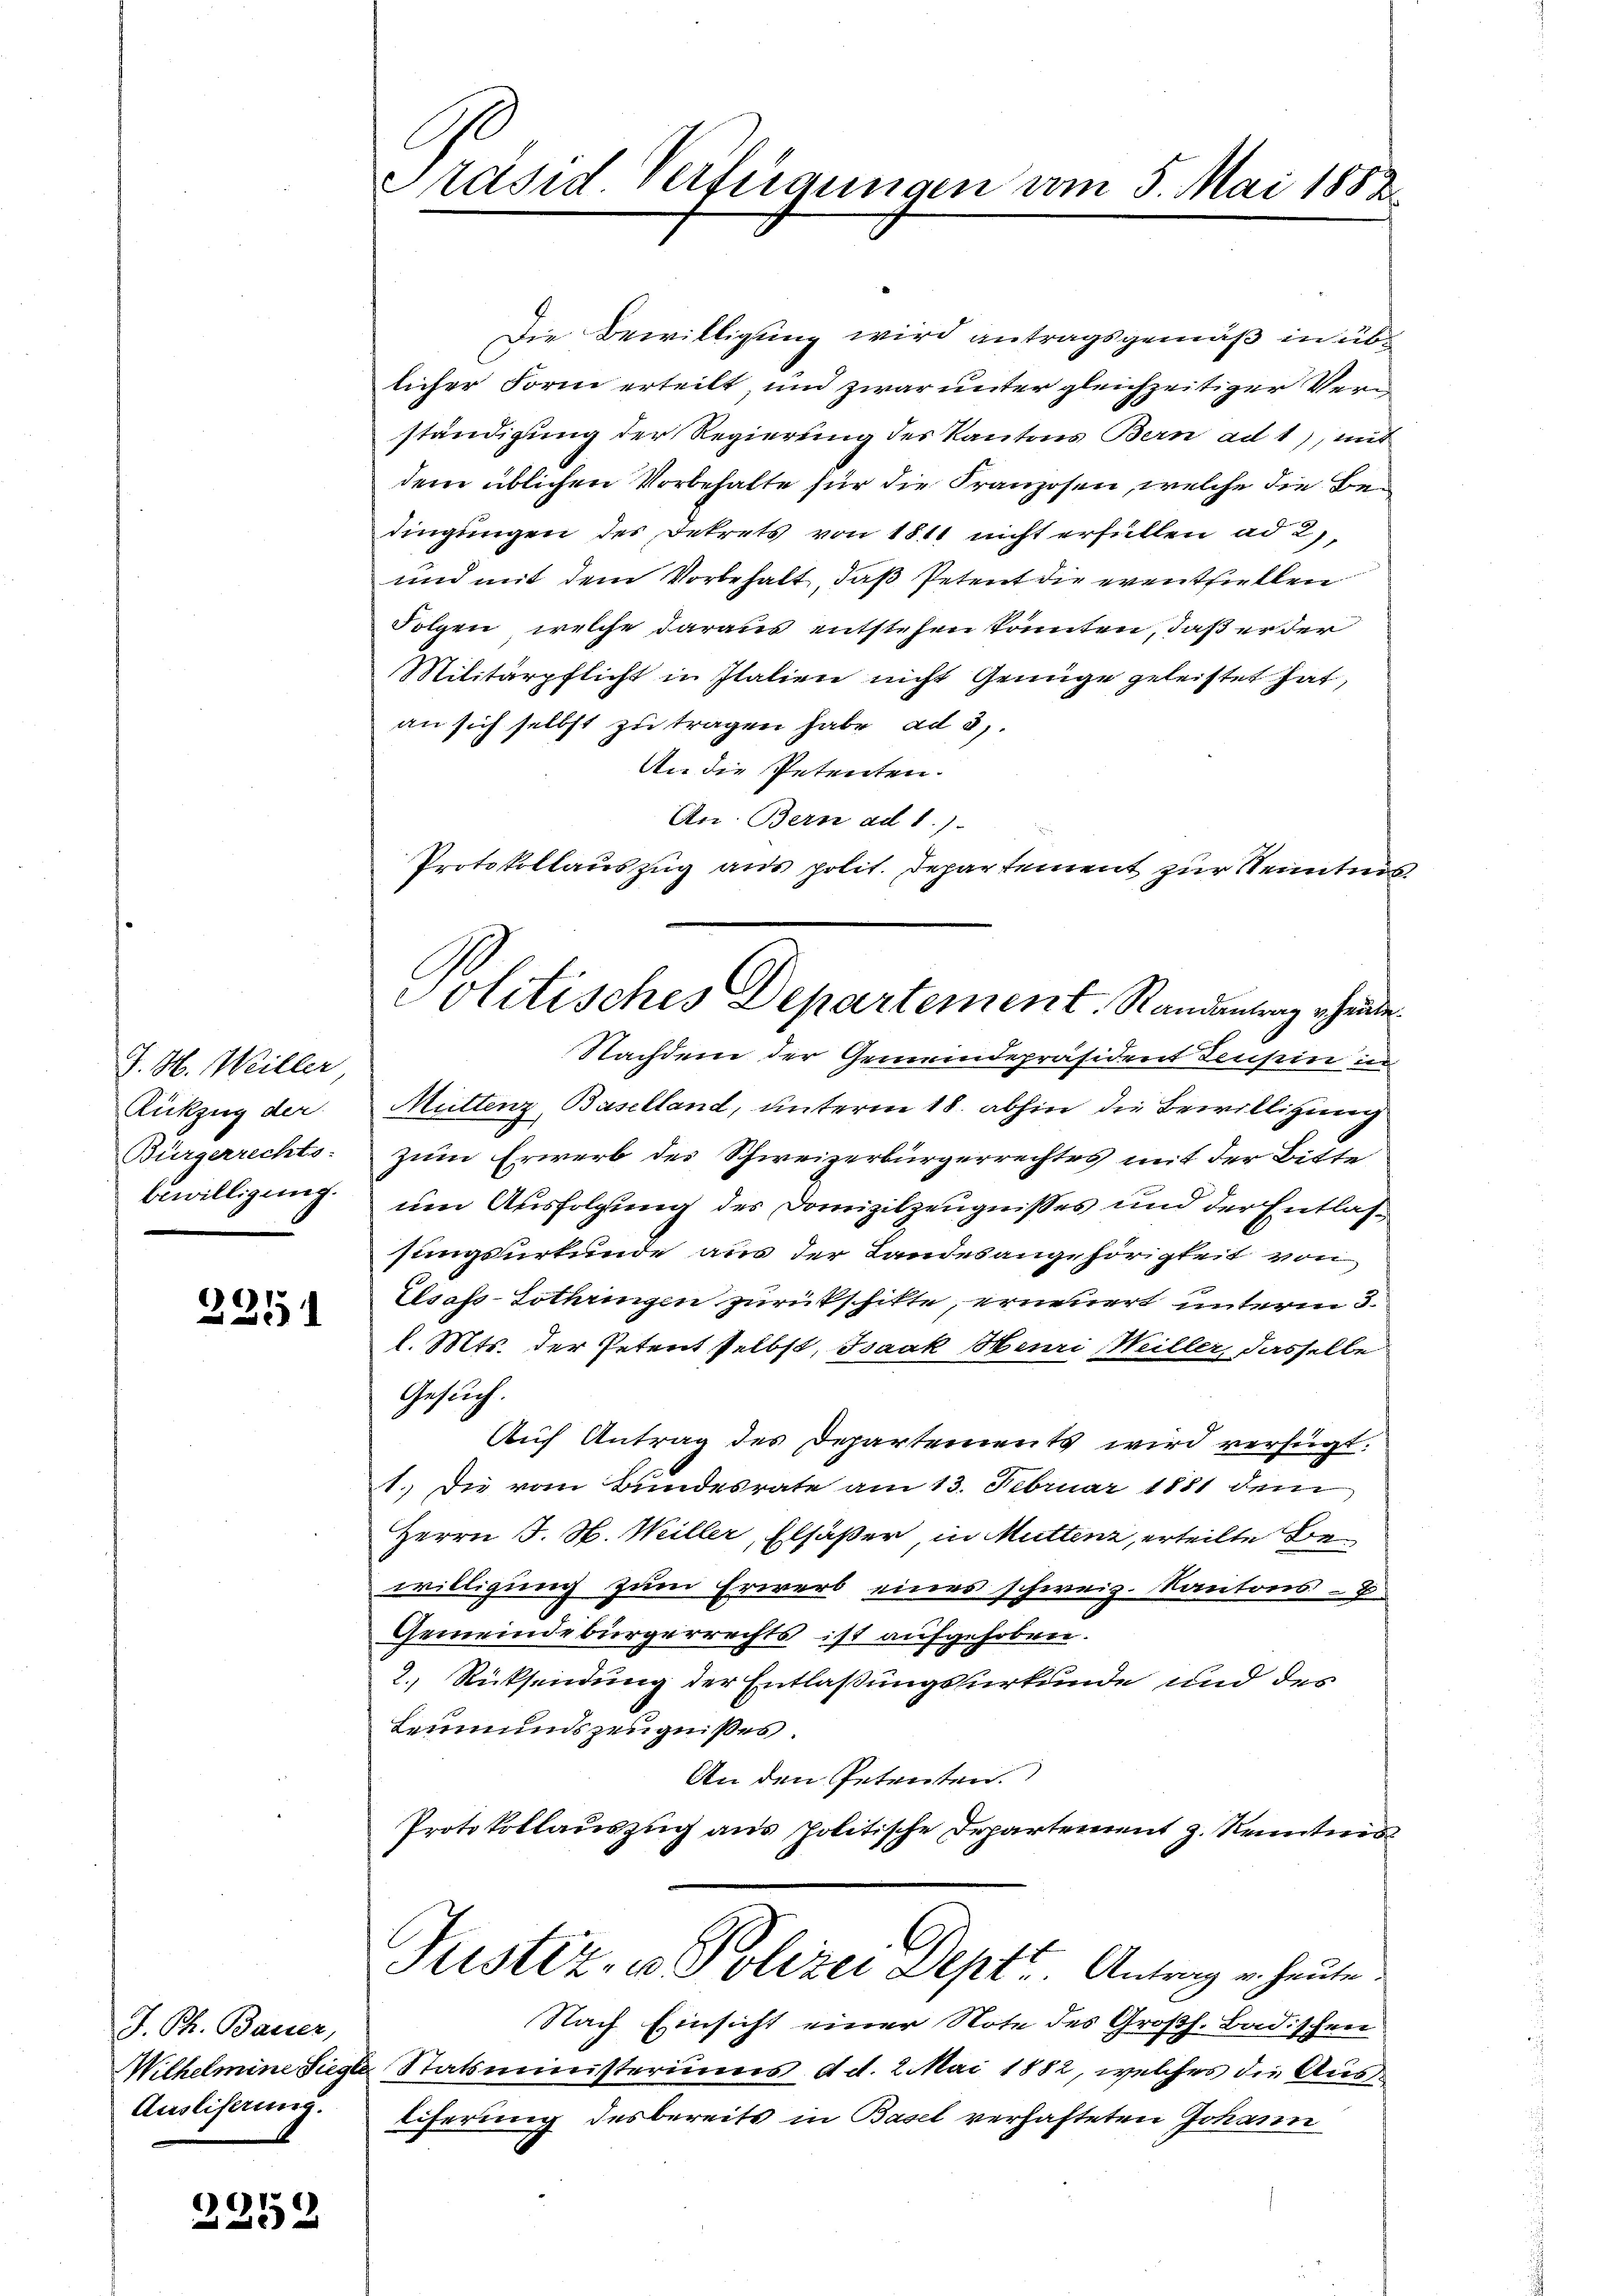
J. H. Weiller
Rückzug der
Bürgerrechts-
bewilligung.

2251

J. Ph. Bauer,
Wilhelmine Siegle
Ausliserung.

2252

Präsid Verfügungen vom 5. Mai 1883.

Die Bewilligung wird antragsgemäß in üblicher Form erteilt, und zwar unter gleichzeitiger Verständigung der Regierung des Kantons Bern ad 1), mit
dem üblichen Vorbehalte für die Franzosen, welche die Bedingungen des Dekrets von 1811 nicht erfüllen ad 2,
und mit dem Vorbehalt, daß Petent die eventfiellen
Folgen, welche daraus entstehen könnten, daß er der
Militärpflicht in Italien nicht Genüge geleistet hat,
an sich selbst zu tragen habe, ad 3,
An die Petenten.
An. Bern ad 1.)
Protokollauszug aus polit. Departement zur Kenntnis
Nachdem der Gemeindepräsident densein i
Muttenz, Baselland, unterm 18. abhin die Bewilligung
zum Erwerb des Schweizerbürgerrechtes mit der Bitte
um Ausfolgung des Domizilzeugnisses und der Entlassungsurkunde aus der Landesangehörigkeit von
Elsass-Lothringen zurückschikte, erneuert unterm 3.
l. Mts. der Petent selbst, Isaak Henri Weiller, dasselbe
Gesuch.
Auf Antrag des Departements wird verfügt:
1. Die vom Bundesrate am 13. Februar 1881 dem
Herrn J. H. Weiller, Elsaßer, in Muttenz, erteilte Bewilligung zum Erwerb eines schweiz. Kantons -
Gemeindebürgerrechts ist aufgehoben.
2.) Rücksendung der Entlaßungsurkunde und des
Leumundszeugnißes.
An den Petenten.
Protokollauszug aus politische Departement z. Kenntnis
Justiz- u. Polizei Deptt. Antrag er heute
Nach Einsicht einer Note des Großh. Badischen
Statsministeriums d. d. 2. Mai 1882, welches die Ausliferung des bereits in Basel verhafteten Johann

Politisches Departement. Randentrag ehinde